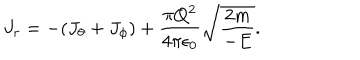
J _ { r } = - ( J _ { \theta } + J _ { \phi } ) + { \frac { \pi Q ^ { 2 } } { 4 \pi \epsilon _ { 0 } } } \sqrt { { \frac { 2 m } { - E } } } .